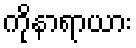
ကိုနာရာယား